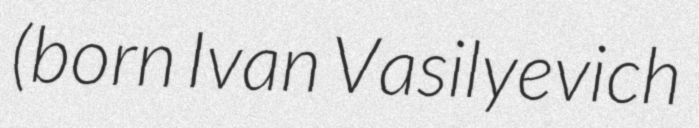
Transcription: (born Ivan Vasilyevich